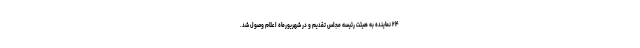
۲۴ نماینده به هیئت رئیسه مجلس تقدیم و در شهریورماه اعلام وصول شد.